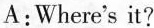
A:Where's it?